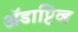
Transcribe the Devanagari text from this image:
अॅडाप्टिव्ह